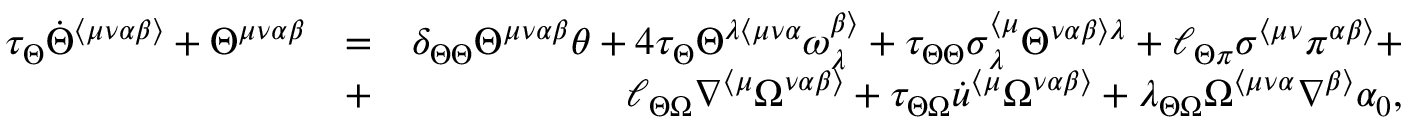
\begin{array} { r l r } { \tau _ { \Theta } \dot { \Theta } ^ { \langle \mu \nu \alpha \beta \rangle } + \Theta ^ { \mu \nu \alpha \beta } } & { = } & { \delta _ { \Theta \Theta } \Theta ^ { \mu \nu \alpha \beta } \theta + 4 \tau _ { \Theta } \Theta ^ { \lambda \langle \mu \nu \alpha } \omega ^ { \beta \rangle } _ { \lambda } + \tau _ { \Theta \Theta } \sigma _ { \lambda } ^ { \langle \mu } \Theta ^ { \nu \alpha \beta \rangle \lambda } + \ell _ { \Theta \pi } \sigma ^ { \langle \mu \nu } \pi ^ { \alpha \beta \rangle } + } \\ & { + } & { \ell _ { \Theta \Omega } \nabla ^ { \langle \mu } \Omega ^ { \nu \alpha \beta \rangle } + \tau _ { \Theta \Omega } \dot { u } ^ { \langle \mu } \Omega ^ { \nu \alpha \beta \rangle } + \lambda _ { \Theta \Omega } \Omega ^ { \langle \mu \nu \alpha } \nabla ^ { \beta \rangle } \alpha _ { 0 } , } \end{array}